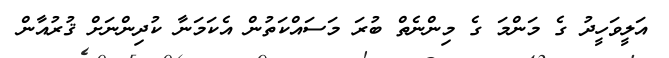
އަލީވަހީދު ގެ މަންމަ ގެ މިންނެތް ބުރަ މަސައްކަތުން އެކަމަނާ ކުދިންނަށް ޤުރުއާން